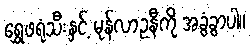
ရွှေဖရုံသီးနှင့် မုန်လာဥနီကို အခွံခွာပါ။